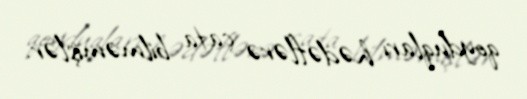
qoyduqları hədəflərə çata bilməmişlər.